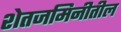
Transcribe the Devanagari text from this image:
शेतजमिनीतील